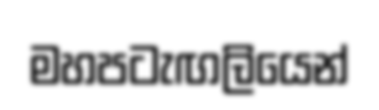
මහපටැඟලියෙන්